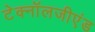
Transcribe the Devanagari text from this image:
टेक्नॉलजीएंड